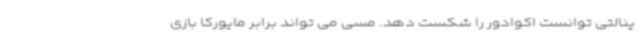
پنالتی توانست اکوادور را شکست دهد. مسی می تواند برابر مایورکا بازی